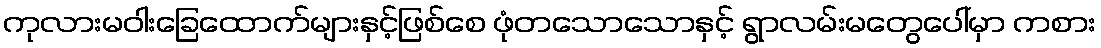
ကုလားမဝါးခြေထောက်များနှင့်ဖြစ်စေ ဖုံတသောသောနှင့် ရွာလမ်းမတွေပေါ်မှာ ကစား